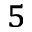
_ 5